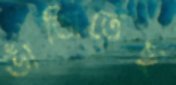
ভাঁজিতেছ